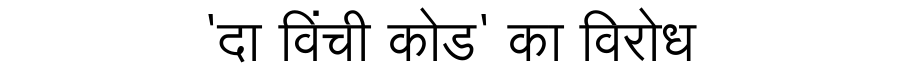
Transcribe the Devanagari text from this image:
'दा विंची कोड' का विरोध